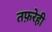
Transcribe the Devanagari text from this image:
तफ़रेही